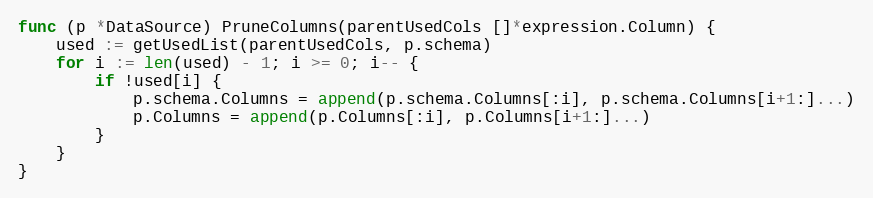
Language: Go
func (p *DataSource) PruneColumns(parentUsedCols []*expression.Column) {
	used := getUsedList(parentUsedCols, p.schema)
	for i := len(used) - 1; i >= 0; i-- {
		if !used[i] {
			p.schema.Columns = append(p.schema.Columns[:i], p.schema.Columns[i+1:]...)
			p.Columns = append(p.Columns[:i], p.Columns[i+1:]...)
		}
	}
}